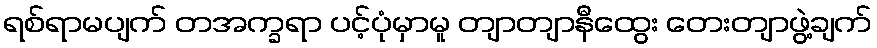
ရစ်ရာမပျက် တအက္ခရာ ပင့်ပုံမှာမူ တျာတျာနီထွေး တေးတျာဖွဲ့ချက်